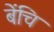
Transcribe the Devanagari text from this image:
बेंचि